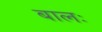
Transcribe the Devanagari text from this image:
बालः